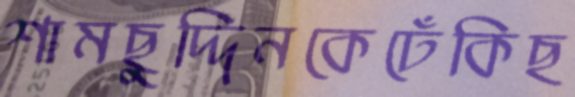
শামছুদ্দিনকেঢেঁকিছ